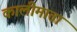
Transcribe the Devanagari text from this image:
कालीमाता